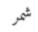
شمر